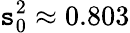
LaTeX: \mathtt{s}_{0}^{2}\approx0.803